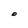
Character: O